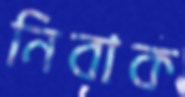
নিবাক